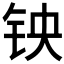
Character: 𫓭